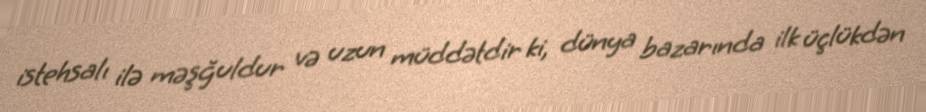
istehsalı ilə məşğuldur və uzun müddətdir ki, dünya bazarında ilk üçlükdən